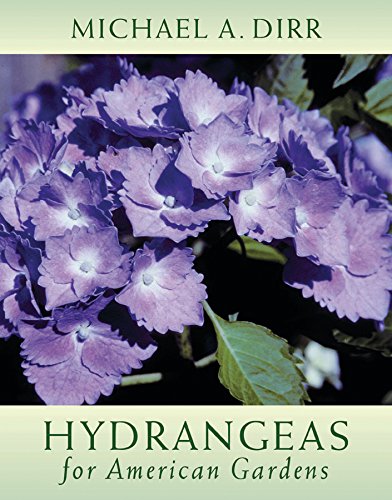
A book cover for Hydrangeas for American Gardens; Michael A. Dirr; Crafts, Hobbies & Home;